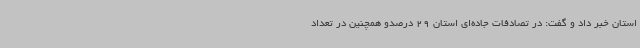
استان خبر داد و گفت: در تصادفات جاده‌ای استان 29 درصدو همچنین در تعداد